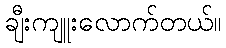
ချီးကျူးလောက်တယ်။